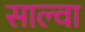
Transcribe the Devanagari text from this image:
साल्वा